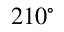
2 1 0 ^ { \circ }